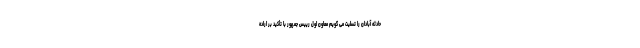
حادثه آبادان را تسلیت می گویم معاون اول رییس جمهور با تأکید بر اراده